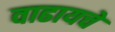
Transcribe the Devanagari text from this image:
वाढायचे